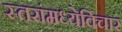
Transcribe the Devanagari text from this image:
स्तरांमध्येविचार